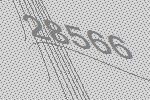
28566